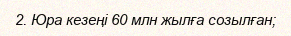
2. Юра кезеңі 60 млн жылға созылған;